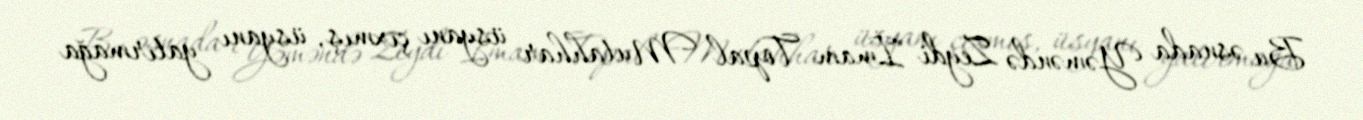
Bu əsnada Yəməndə Zeydi İmam Topal Mutahhar üsyanı çıxmış, üsyanı yatırmağa